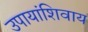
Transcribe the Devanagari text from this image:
उपायांशिवाय